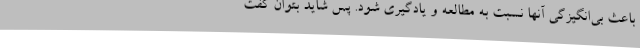
باعث بی‌انگیزگی آنها نسبت به مطالعه و یادگیری شود. پس شاید بتوان گفت